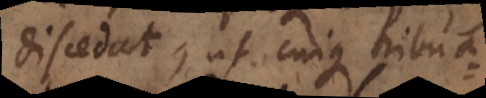
discedat, ut cuique tribua